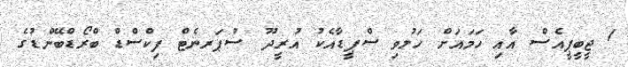
1 ޖީބީޕީއެސް އާއި ހަމައަށް ހަލުވި ސްޕީޑާއެކު އުރީދޫ ސުޕަރނެޓް ފިކްސްޑް ބްރޯޑްބޭންޑުގެ